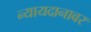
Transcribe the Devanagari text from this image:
न्यायदानावर